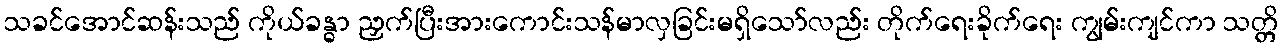
သခင်အောင်ဆန်းသည် ကိုယ်ခန္ဓာ ညှက်ပြီးအားကောင်းသန်မာလှခြင်းမရှိသော်လည်း တိုက်ရေးခိုက်ရေး ကျွမ်းကျင်ကာ သတ္တိ